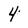
Character: 4